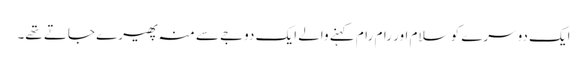
ایک دوسرے کو سلام اور رام رام کہنے والے ایک دوجے سے منہ پھیرے جاتے تھے۔